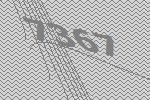
7367